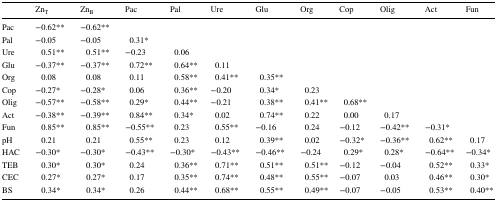
|  | ZnT | ZnB | Pac | Pal | Ure | Glu | Org | Cop | Olig | Act | Fun |
 | --- | --- | --- | --- | --- | --- | --- | --- | --- | --- | --- | --- |
 | Pac | −0.62** | −0.62** |  |  |  |  |  |  |  |  |  |
 | Pal | −0.05 | −0.05 | 0.31* |  |  |  |  |  |  |  |  |
 | Ure | 0.51** | 0.51** | −0.23 | 0.06 |  |  |  |  |  |  |  |
 | Glu | −0.37** | −0.37** | 0.72** | 0.64** | 0.11 |  |  |  |  |  |  |
 | Org | 0.08 | 0.08 | 0.11 | 0.58** | 0.41** | 0.35** |  |  |  |  |  |
 | Cop | −0.27* | −0.28* | 0.06 | 0.36** | −0.20 | 0.34* | 0.23 |  |  |  |  |
 | Olig | −0.57** | −0.58** | 0.29* | 0.44** | −0.21 | 0.38** | 0.41** | 0.68** |  |  |  |
 | Act | −0.38** | −0.39** | 0.84** | 0.34* | 0.02 | 0.74** | 0.22 | 0.00 | 0.17 |  |  |
 | Fun | 0.85** | 0.85** | −0.55** | 0.23 | 0.55** | −0.16 | 0.24 | −0.12 | −0.42** | −0.31* |  |
 | pH | 0.21 | 0.21 | 0.55** | 0.23 | 0.12 | 0.39** | 0.02 | −0.32* | −0.36** | 0.62** | 0.17 |
 | HAC | −0.30* | −0.30* | −0.43** | −0.30* | −0.43** | −0.46** | −0.24 | 0.29* | 0.28* | −0.64** | −0.34* |
 | TEB | 0.30* | 0.30* | 0.24 | 0.36** | 0.71** | 0.51** | 0.51** | −0.12 | −0.04 | 0.52** | 0.33* |
 | CEC | 0.27* | 0.27* | 0.17 | 0.35** | 0.74** | 0.48** | 0.55** | −0.07 | 0.03 | 0.46** | 0.30* |
 | BS | 0.34* | 0.34* | 0.26 | 0.44** | 0.68** | 0.55** | 0.49** | −0.07 | −0.05 | 0.53** | 0.40** |